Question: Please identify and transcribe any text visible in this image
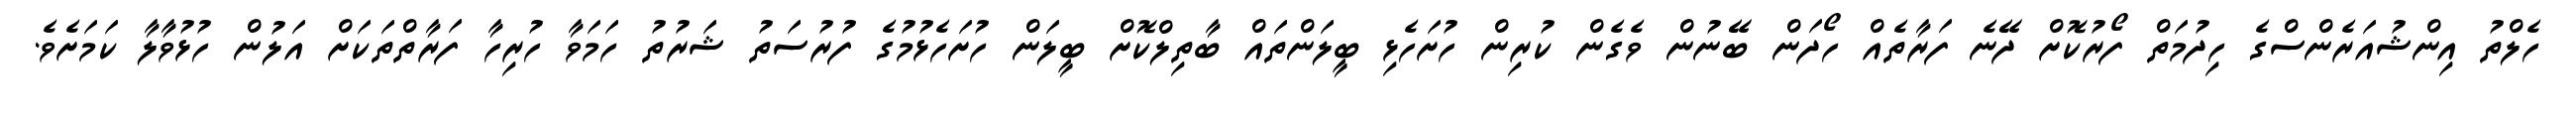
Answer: ހެލްތު އިންޝުއަރެންސްގެ ހިދުމަތް ފޯރުކޮށް ދޭނެ ފަރާތެއް ހޯދަން ބޭނުން ވެގެން ކުރިން ހުށަހެޅި ބީލަންތައް ބާތިލްކޮށް ބީލަން ހުށަހެޅުމުގެ ފުރުސަތު ޝަރުތު ހަމަވާ ހުރިހާ ފަރާތްތަކަށް އަލުން ހުޅުވާލާ ކަމަށެވެ.